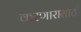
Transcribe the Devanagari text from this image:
करणारासाठी